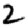
Digit: 2